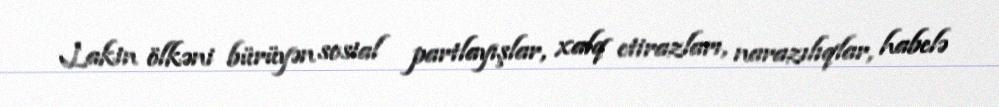
Lakin ölkəni bürüyən sosial partlayışlar, xalq etirazları, narazılıqlar, habelə